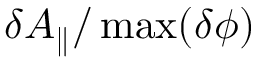
\delta A _ { \parallel } / \operatorname* { m a x } ( \delta \phi )